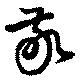
敬